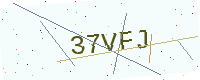
Text: 37VFJ